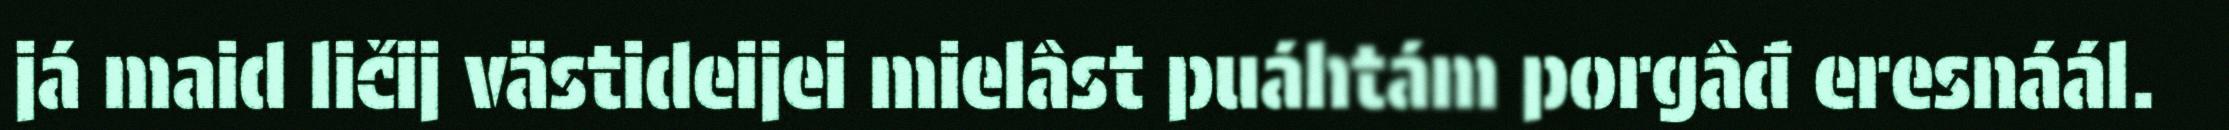
já maid ličij västideijei mielâst puáhtám porgâđ eresnáál.